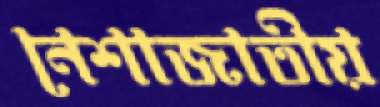
নেশাজাতীয়